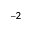
^ { - 2 }